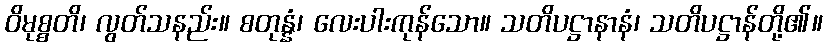
ဝိမုစ္စတိ၊ လွတ်သနည်း။ စတုန္နံ၊ လေးပါးကုန်သော။ သတိပဋ္ဌာနာနံ၊ သတိပဋ္ဌာန်တို့၏။